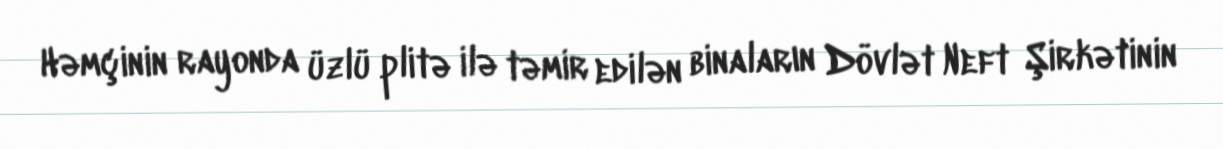
Həmçinin rayonda üzlü plitə ilə təmir edilən binaların Dövlət Neft Şirkətinin